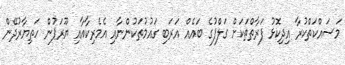
މަސައްކަތްކުރާ އިދިކޮޅު ފަރާތްތަކަށް ގަލްފުގެ ބައެއް އަރަބި ގައުމުތަކުންނާއި އެމެރިކާއާއި ޔޫރަޕުން ހަތިޔާރުދޭން